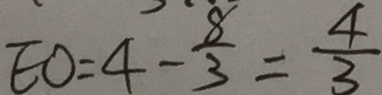
E O = 4 - \frac { 8 } { 3 } = \frac { 4 } { 3 }